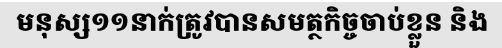
មនុស្ស១១នាក់ត្រូវបានសមត្ថកិច្ចចាប់ខ្លួន និង